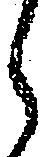
ら